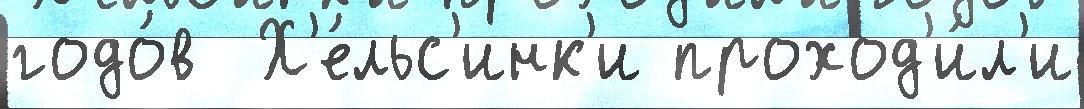
годо́в  Х'е́льс'инк'и проход'и́л'и